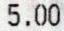
5.00